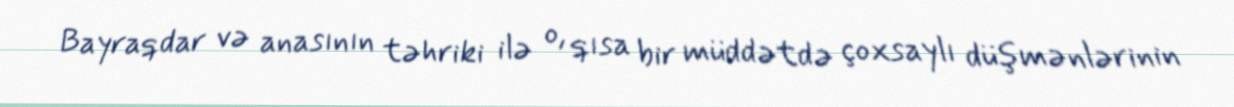
Bayraqdar və anasının təhriki ilə o, qısa bir müddətdə çoxsaylı düşmənlərinin